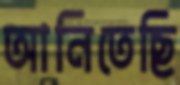
আনিতেছি